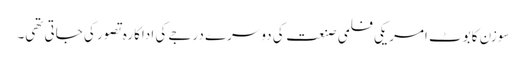
سوزن کابوٹ امریکی فلمی صنعت کی دوسرے درجے کی اداکارہ تصور کی جاتی تھی۔